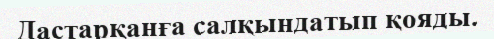
Дастарқанға салқындатып қояды.